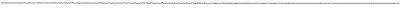
___